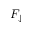
F _ { \downarrow }